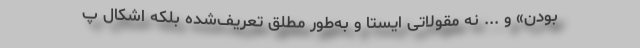
بودن» و ... نه مقولاتی ایستا و به‌طور مطلق تعریف‌شده بلکه اشکال پ